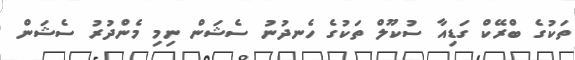
ތަކުގެ ބްރޭކް ގަޑިއާ ސުކޫލް ތަކުގެ ހެނދުނު ސެޝަން ނިމި މެންދުރު ސެޝަން